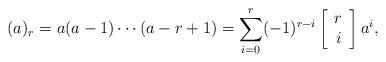
LaTeX: \begin{align*}(a)_r=a(a-1)\cdots(a-r+1)=\sum_{i=0}^r (-1)^{r-i}\left[ \begin{array}{c} r \\ i \end{array} \right] a^i,\end{align*}